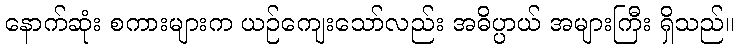
နောက်ဆုံး စကားများက ယဉ်ကျေးသော်လည်း အဓိပ္ပာယ် အများကြီး ရှိသည်။